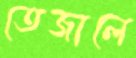
তেজালে